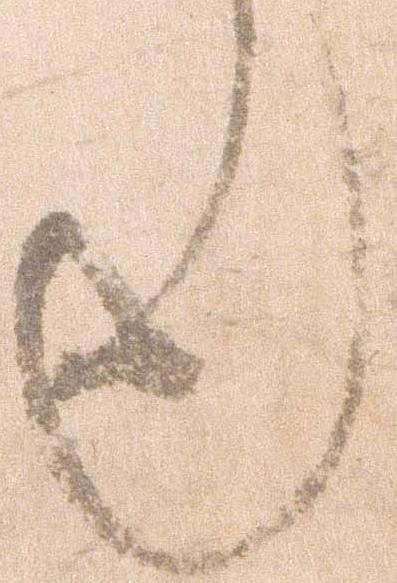
也